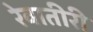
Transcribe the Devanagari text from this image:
रेवातीरी